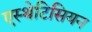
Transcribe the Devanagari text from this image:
एस्थेटिसियन